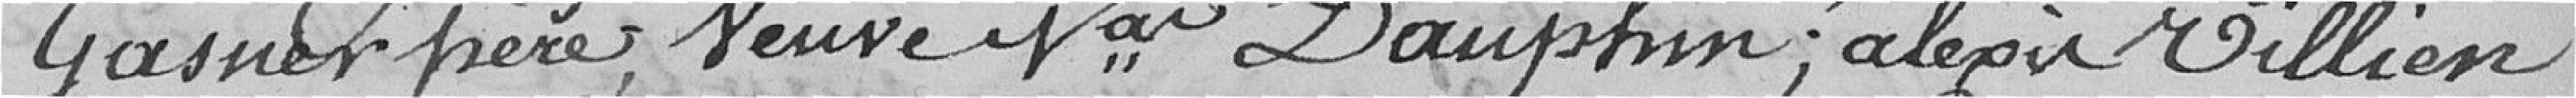
Gasner père, Veuve Sieur Dauphin, Alexis Villien